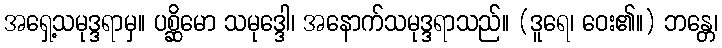
အရှေ့သမုဒ္ဒရာမှ။ ပစ္ဆိမော သမုဒ္ဒေါ၊ အနောက်သမုဒ္ဒရာသည်။ (ဒူရေ၊ ဝေး၏။) ဘန္တေ၊